Annual administration report of the Civil Veterinary Department of India - 1897-1898
Year: 1897
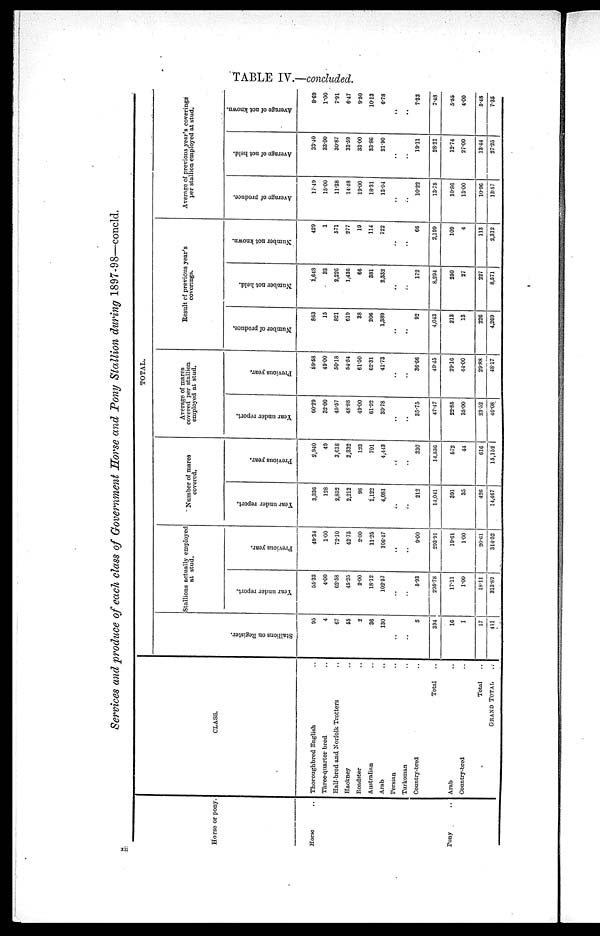
TABLE IV.—concluded.
Services and produce of each class of Government Horse and Pony Stallion during 1897-98—concld.
Horse or pony.
Horse ..
Pony . .
CLASS.
Thoroughbred English . .
Three-quarter bred . .
Half-bred and Norfolk Trotters . .
Hackney . .
Roadster . .
Australian . .
Arab . .
Persian . .
Turkoman . .
Country-bred . .
Total ..
Arab . .
Country-bred . .
Total . .
GRAND TOTAL
TOTAL.
St al l
i
ons on Regi s t
er .
95
4
67
55
2
36
130
. .
. .
5
394
16
1
17
411
Stallions actually employed
at stud.
Year under report.
55.33
4.00
62.58
45.25
2.00
18.12
102.57
. .
. .
5.93
295.78
17.11
1.00
18.11
313.89
Previous year.
49.34
1.00
72.10
42.75
2.00
11.25
106.47
. .
. .
9.00
293.91
19.61
1.00
20.61
314.52
Number of mares
covered.
Year under report.
3,336
128
2,852
2,212
98
1,122
4,081
. .
. .
212
14,041
391
35
426
14,467
Previous year.
2,940
49
3,618
2,332
123
701
4,443
. .
. .
330
14,536
572
44
616
15,152
Average of mares
covered per stallion
employed at stud.
Year under report.
60.29
32.00
45.57
48.88
49.00
61.92
39.78
. .
. .
35.75
47.47
22.85
35.00
23.52
46.08
Previous year.
59.58
49.00
50.18
54.54
61.50
62.31
41.73
. .
. .
86.66
49.45
29.16
44.00
29.88
48.17
Result of previous year's
coverings.
Number of produce.
863
15
821
619
38
206
1,389
. .
. .
92
4,043
213
13
226
4,269
Number not held.
1,648
33
2,226
1,436
66
381
2,332
. .
. .
172
8,294
250
27
227
8,571
Number not known.
429
1
571
277
19
114
722
. .
. .
66
2,199
109
4
113
2,312
Average of previous year's coverings
per stallion employed at stud.
Average of produce.
17.49
15.00
11.38
14.48
19.00
18.31
13.04
. .
. .
10.22
13.75
10.86
13.00
10.96
13.57
Average of not held.
33.40
33.00
30.87
33.59
33.00
33.86
21.90
. .
. .
19.11
28.21
12.74
27.00
13.44
27.25
Average of not known.
8.69
1.00
7.91
6.47
9.50
10.13
6.78
. .
. .
7.33
7.48
5.55
4.00
5.48
7.35
xii